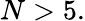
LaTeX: N>5.